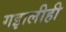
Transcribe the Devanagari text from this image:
गझलीही